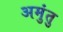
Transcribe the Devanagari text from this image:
अमुंतु